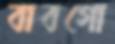
বাবগো